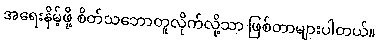
အရေးနိမ့်ဖို့ စိတ်သဘောတူလိုက်လို့သာ ဖြစ်တာများပါတယ်။